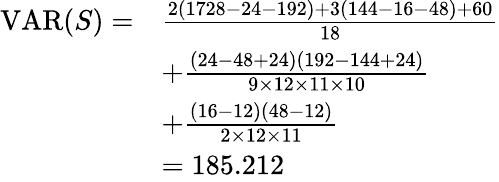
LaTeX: {\begin{array}{rl}{\operatorname{VAR}(S)=}&{{\frac{2(1728-24-192)+3(144-16-48)+60}{18}}}\\ &{+{\frac{(24-48+24)(192-144+24)}{9\times 12\times 11\times 10}}}\\ &{+{\frac{(16-12)(48-12)}{2\times 12\times 11}}}\\ &{=185.212}\end{array}}